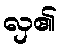
လှ၏